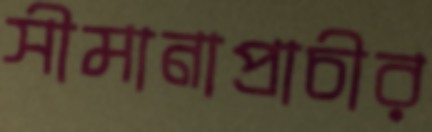
সীমানাপ্রাচীর